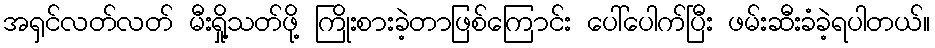
အရှင်လတ်လတ် မီးရှို့သတ်ဖို့ ကြိုးစားခဲ့တာဖြစ်ကြောင်း ပေါ်ပေါက်ပြီး ဖမ်းဆီးခံခဲ့ရပါတယ်။